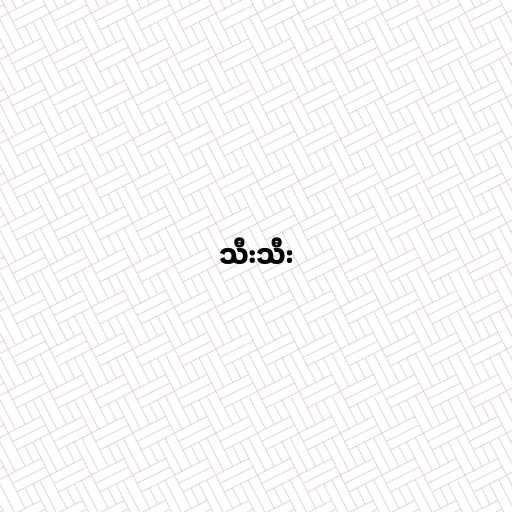
သီးသီး